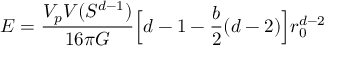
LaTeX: E = \frac { V _ { p } V ( S ^ { d - 1 } ) } { 1 6 \pi G } \Big [ d - 1 - \frac { b } { 2 } ( d - 2 ) \Big ] r _ { 0 } ^ { d - 2 }